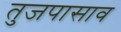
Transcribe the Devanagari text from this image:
तुजपासाव